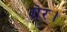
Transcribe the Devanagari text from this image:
शेर।